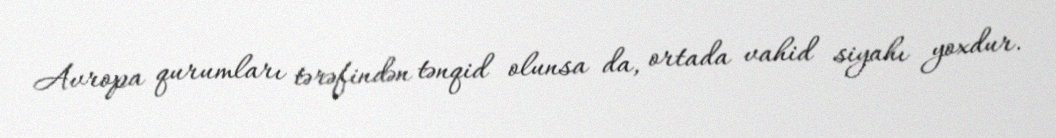
Avropa qurumları tərəfindən tənqid olunsa da, ortada vahid siyahı yoxdur.